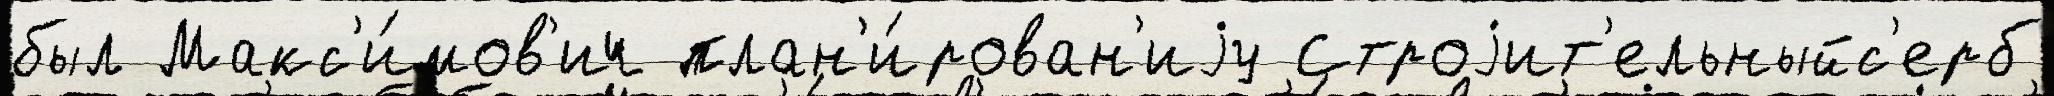
был Макс'и́мов'ич план'и́рован'иjу Строjит'ельныйс'ерб